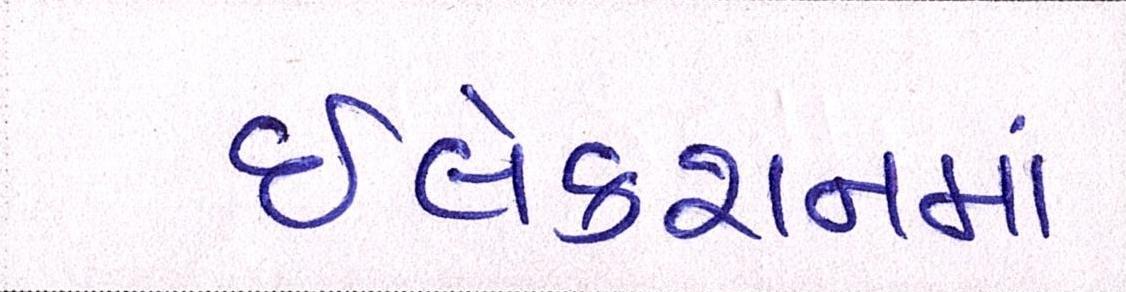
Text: ઇલેક્શનમાં